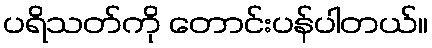
ပရိသတ်ကို တောင်းပန်ပါတယ်။